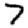
Digit: 7